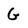
Character: G